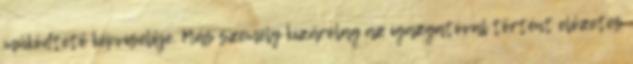
működtető képviselője. Más személy kizárólag az igazgatóval történt előzetes